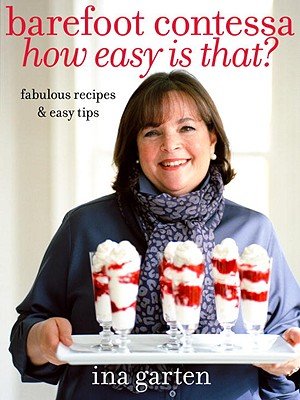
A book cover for Ina Garten'sBarefoot Contessa How Easy Is That?: Fabulous Recipes & Easy Tips [Hardcover](2010); Ina Garten; Cookbooks, Food & Wine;